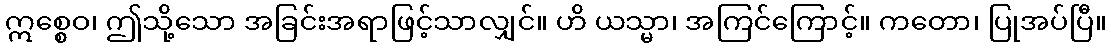
ဣစ္စေဝ၊ ဤသို့သော အခြင်းအရာဖြင့်သာလျှင်။ ဟိ ယသ္မာ၊ အကြင်ကြောင့်။ ကတော၊ ပြုအပ်ပြီ။